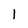
Character: 1